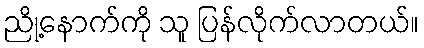
ညို့နောက်ကို သူ ပြန်လိုက်လာတယ်။